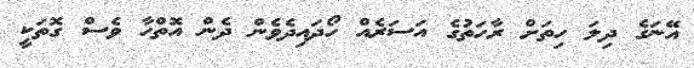
އޭނަގެ ދިލަ ހިތަށް ރާހަތުގެ އަސަރެއް ހޯދައިދެވެން ދެން އޮތްހާ ވެސް ގޮތަކީ